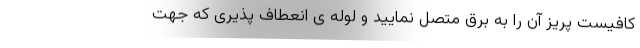
کافیست پریز آن را به برق متصل نمایید و لوله ی انعطاف پذیری که جهت